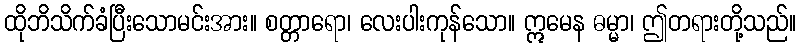
ထိုဘိသိက်ခံပြီးသောမင်းအား။ စတ္တာရော၊ လေးပါးကုန်သော။ ဣမေန ဓမ္မာ၊ ဤတရားတို့သည်။